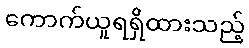
ကောက်ယူရရှိထားသည့်